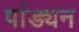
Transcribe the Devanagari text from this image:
पांड्यन